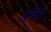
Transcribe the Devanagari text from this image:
बृध्दि